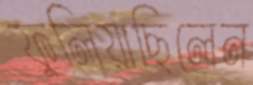
ফুলিয়াছিলেন